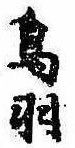
鳥羽